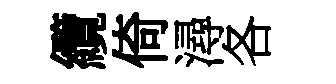
纜倚潯各